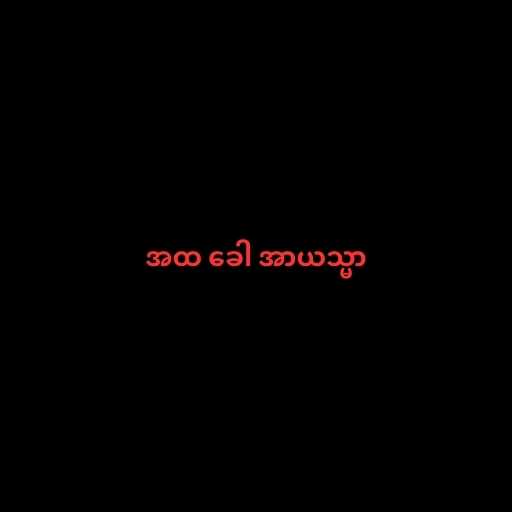
အထ ခေါ အာယသ္မာ